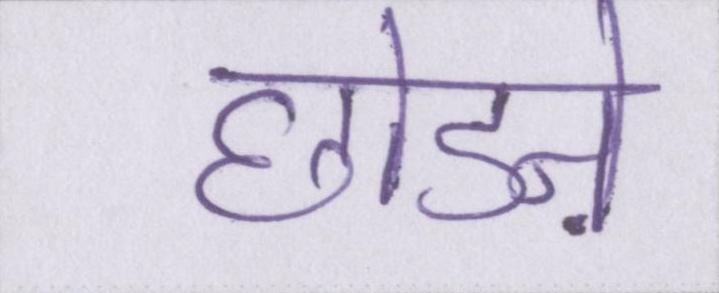
छोडऩे